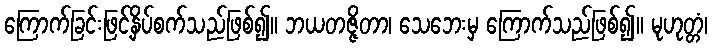
ကြောက်ခြင်းဖြင့်နှိပ်စက်သည်ဖြစ်၍။ ဘယတဇ္ဇိတာ၊ သေဘေးမှ ကြောက်သည်ဖြစ်၍။ မုဟုတ္တံ၊